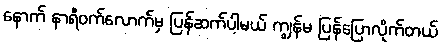
နောက် နာရီဝက်လောက်မှ ပြန်ဆက်ပါ့မယ် ကျွန်မ ပြန်ပြောလိုက်တယ်